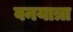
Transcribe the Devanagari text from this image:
वनयात्रा